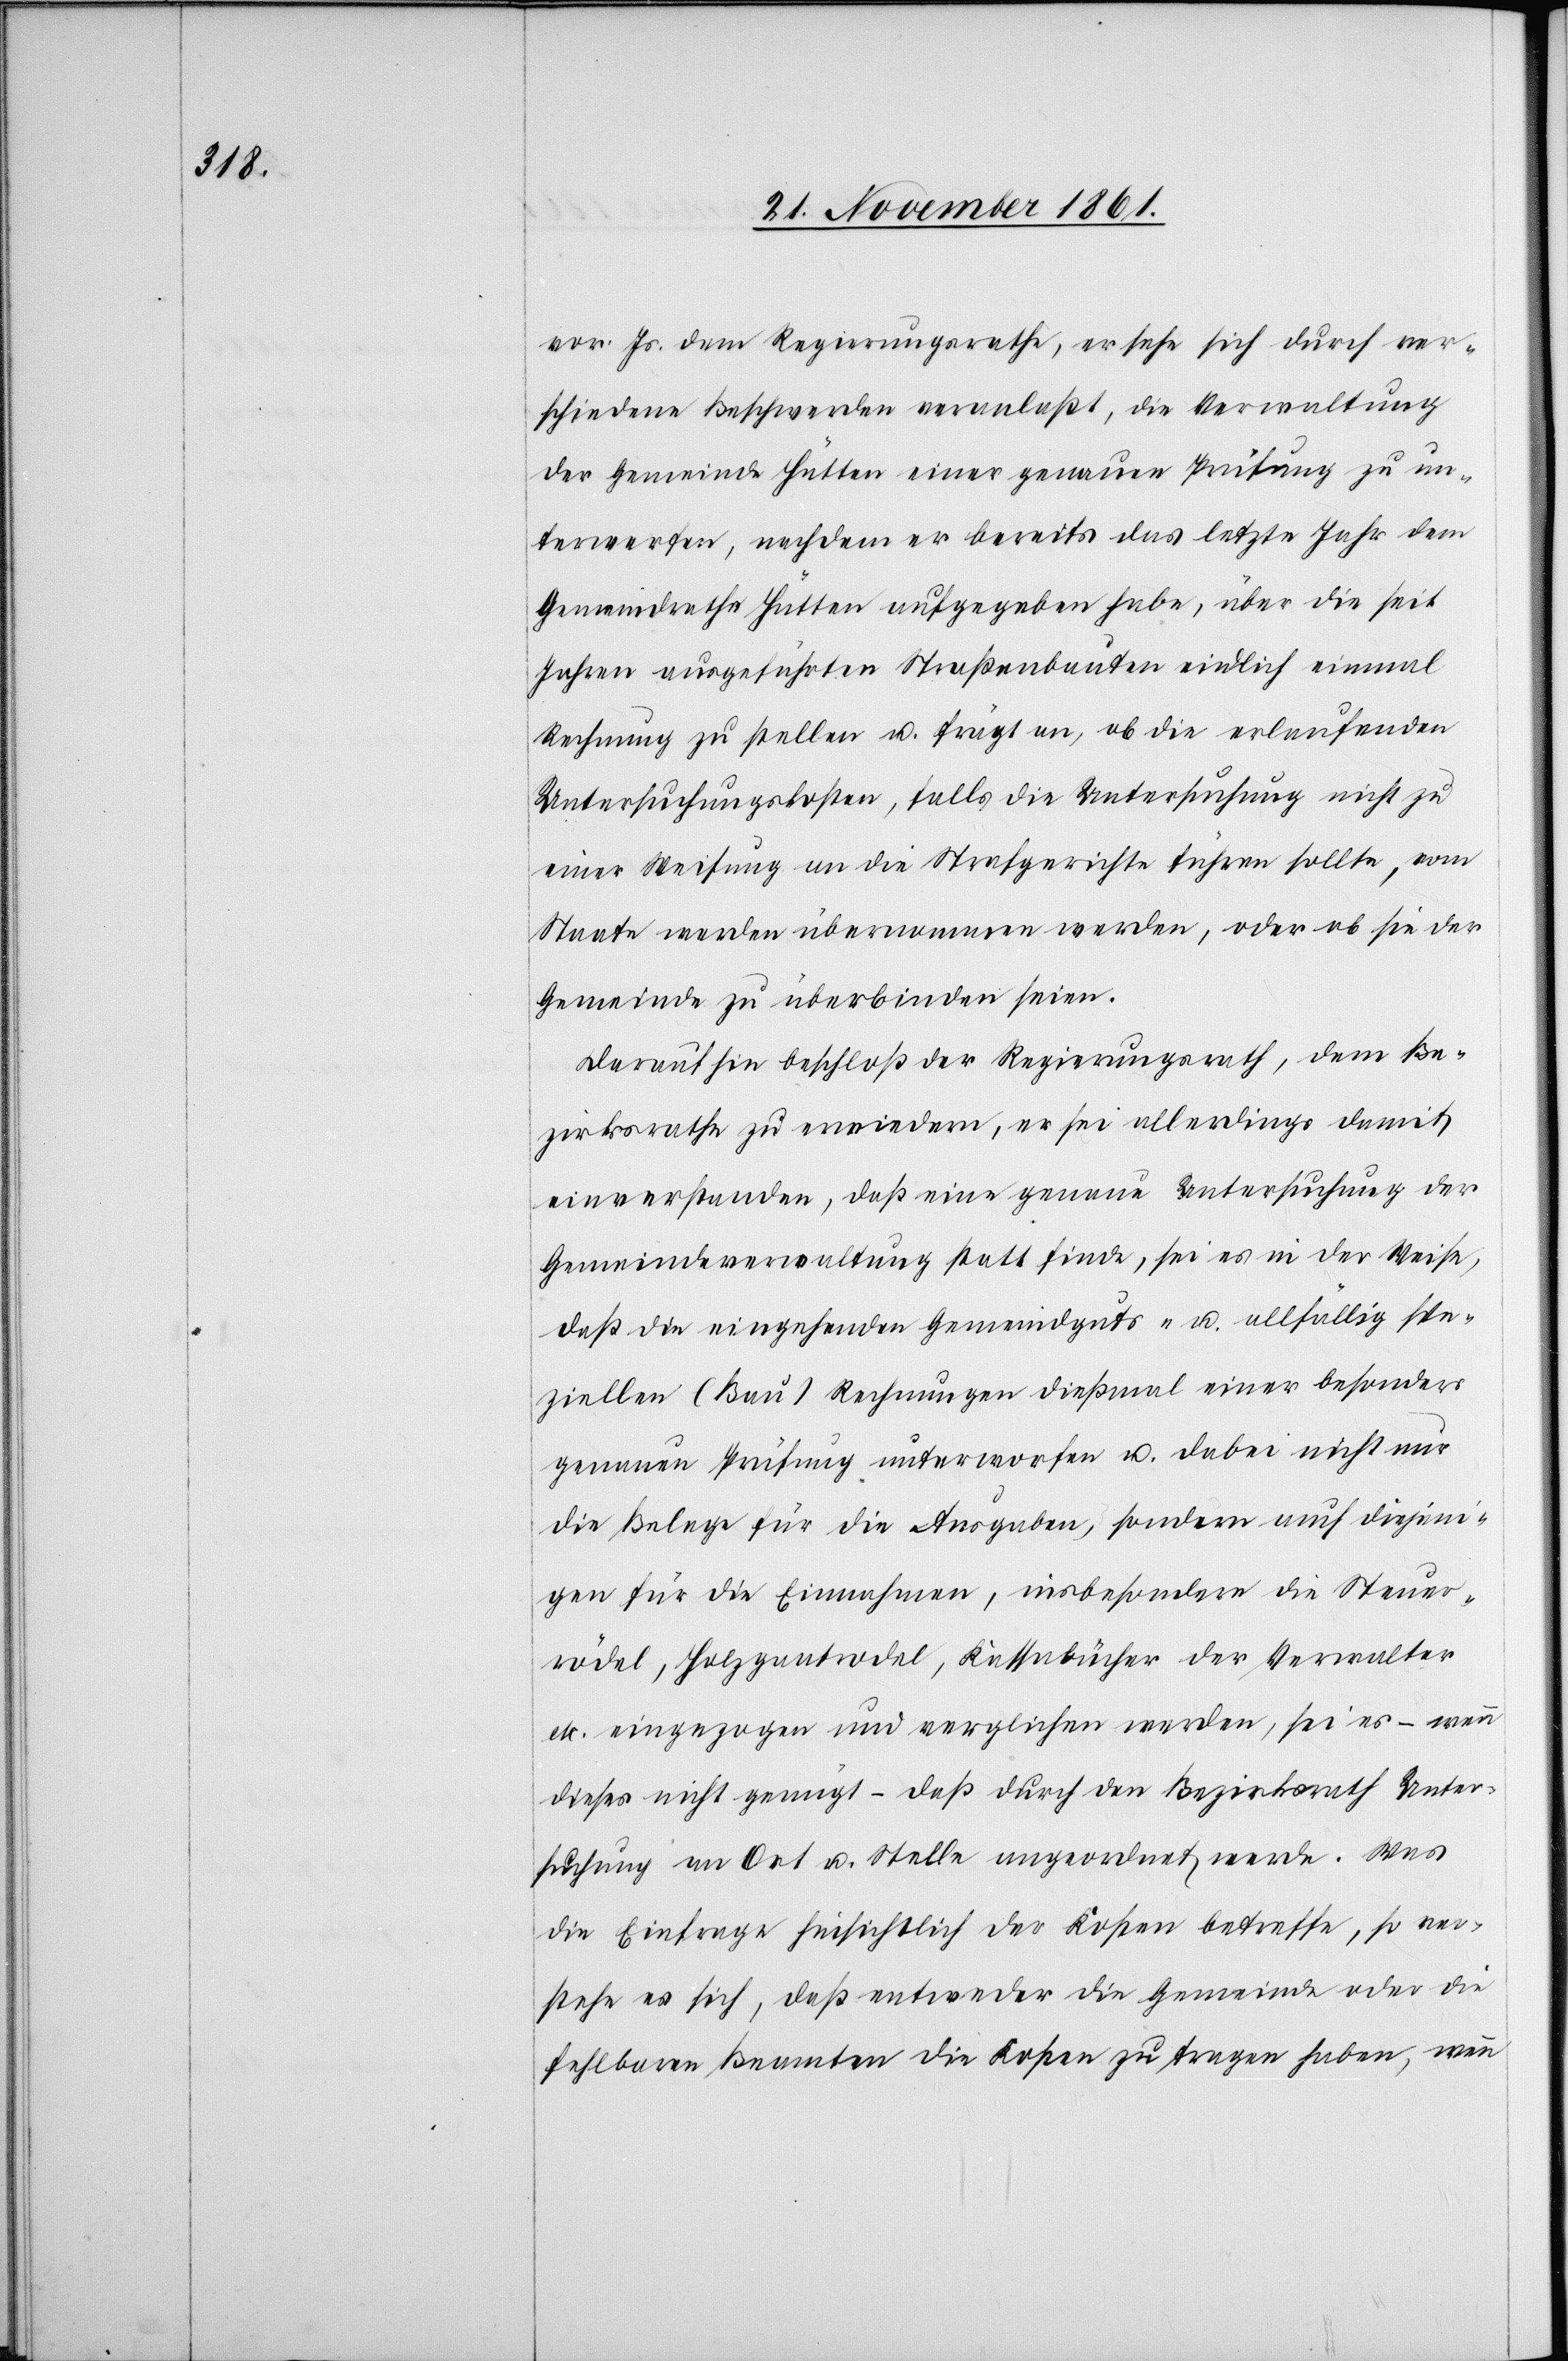
vor. Js. dem Regierungsrathe, er sehe sich durch ver¬
schiedene Beschwerden veranlaßt, die Verwaltung
der Gemeinde Hütten einer genauen Prüfung zu un¬
terwerfen, nachdem er bereits das letzte Jahr dem
Gemeindrathe Hütten aufgegeben habe, über die seit
Jahren ausgeführten Straßenbauten endlich einmal
Rechnung zu stellen u. frägt an, ob die erlaufenden
Untersuchungskosten, falls die Untersuchung nicht zu
einer Weisung an die Strafgerichte führen sollte, vom
Staate werden übernommen werden, oder ob sie der
Gemeinde zu überbinden seien.
Darauf hin beschloß der Regierungsrath, dem Be¬
zirksrathe zu erwiedern, er sei allerdings damit
einverstanden, daß eine genaue Untersuchung der
Gemeindeverwaltung statt finde, sei es in der Weise,
daß die eingehenden Gemeindguts- u. allfällig spe¬
ziellen (Bau) Rechnungen dießmal einer besonders
genauen Prüfung unterworfen u. dabei nicht nur
die Belege für die Ausgaben, sondern auch diejeni¬
gen für die Einnahmen, insbesondere die Steuer¬
rödel, Holzgantrodel, Kassenbücher der Verwalter
etc. eingezogen und verglichen werden, sei es – wenn
dieses nicht genügt – daß durch den Bezirksrath Unter¬
suchung an Ort u. Stelle angeordnet werde. Was
die Einfrage hinsichtlich der Kosten betreffe, so ver¬
stehe es sich, daß entweder die Gemeinde oder die
fehlbaren Beamten die Kosten zu tragen haben, wenn